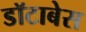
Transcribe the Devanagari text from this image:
डॉटाबेस